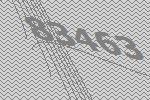
83463